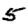
Digit: 5